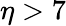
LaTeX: {\eta>7}